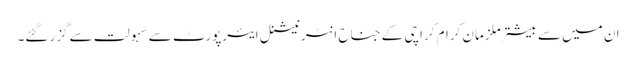
ان میں سے بیشتر ملزمانِ کرام کراچی کے جناح انٹرنیشنل ایئرپورٹ سے سہولت سےگزر گئے۔